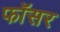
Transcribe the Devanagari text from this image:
फॉसर